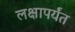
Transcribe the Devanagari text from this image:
लक्षापर्यंत